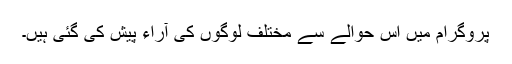
پروگرام میں اس حوالے سے مختلف لوگوں کی آراء پیش کی گئی ہیں۔